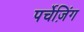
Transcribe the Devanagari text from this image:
पर्चेज़िंग